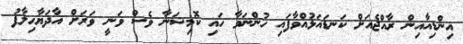
އިންޑިއާއިން ރާއްޖެއަށް ކަނޑައަޅުއްވާފައި ހުންނަވާ ހައި ކޮމިޝަނާ ވެސް ވަނީ ވަރަށް އާދަޔާހިލާފު